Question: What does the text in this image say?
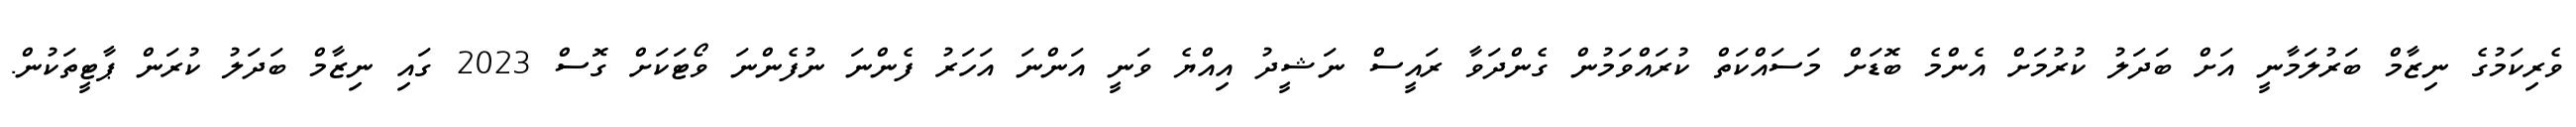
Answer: ވެރިކަމުގެ ނިޒާމް ބަރުލަމާނީ އަށް ބަދަލު ކުރުމަށް އެންމެ ބޮޑަށް މަސައްކަތް ކުރައްވަމުން ގެންދަވާ ރައީސް ނަޝީދު އިއްޔެ ވަނީ އަންނަ އަހަރު ފެންނަ ނުފެންނަ ވޯޓަކަށް ގޮސް 2023 ގައި ނިޒާމް ބަދަލު ކުރަން ޕާޓީތަކުން.